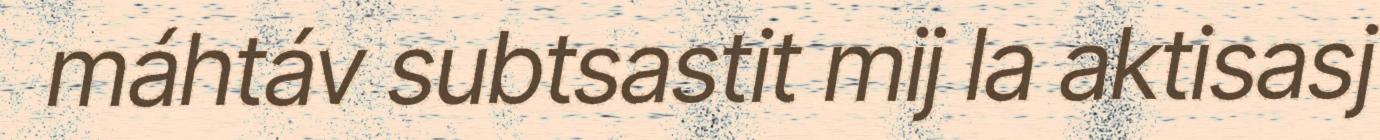
máhtáv subtsastit mij la aktisasj